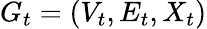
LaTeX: G_{t}=(V_{t},E_{t},X_{t})